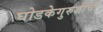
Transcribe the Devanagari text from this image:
घोडकेगुरुजींची